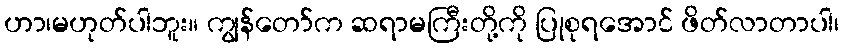
ဟာ၊မဟုတ်ပါဘူး။ ကျွန်တော်က ဆရာမကြီးတို့ကို ပြုစုရအောင် ဖိတ်လာတာပါ၊